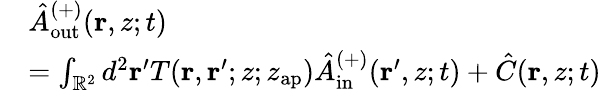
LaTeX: \begin{array}{rl}&{\hat{A}_{\mathrm{out}}^{(+)}(\mathbf{r},z;t)}\\ &{=\int_{\mathbb{R}^{2}}d^{2}\mathbf{r}^{\prime}T(\mathbf{r},\mathbf{r}^{\prime};z;z_{\mathrm{ap}})\hat{A}_{\mathrm{in}}^{(+)}(\mathbf{r}^{\prime},z;t)+\hat{C}(\mathbf{r},z;t)}\end{array}